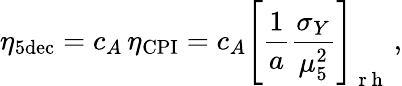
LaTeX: \eta_{5\mathrm{dec}}=c_{A}\, \eta_{\mathrm{CPI}}=c_{A}\left[\frac{1}{a}\frac{\sigma_{Y}}{\mu_{5}^{2}}\right]_{\mathrm{~r~h~}}\, ,